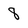
Character: 8